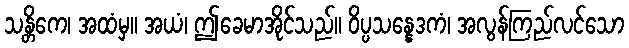
သန္တိကေ၊ အထံမှ။ အယံ၊ ဤခေမာအိုင်သည်။ ဝိပ္ပသန္နေဒကံ၊ အလွန်ကြည်လင်သော